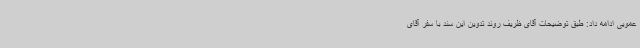
عمویی ادامه داد: طبق توضیحات آقای ظریف روند تدوین این سند با سفر آقای